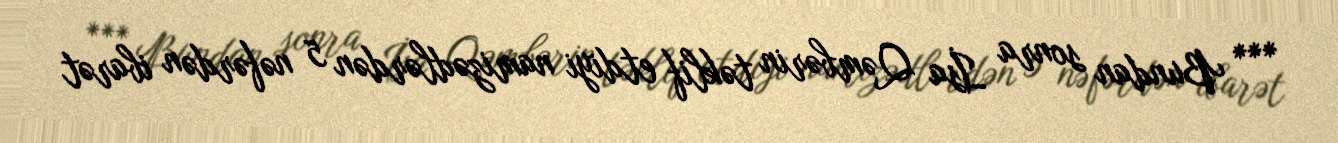
*** Bundan sonra İsa Qəmbərin təklif etdiyi namizədlərdən 5 nəfərdən ibarət